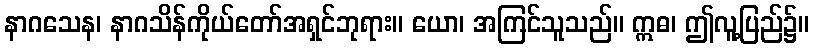
နာဂသေန၊ နာဂသိန်ကိုယ်တော်အရှင်ဘုရား။ ယော၊ အကြင်သူသည်။ ဣဓ၊ ဤလူ့ပြည်၌။